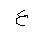
Letter: _ayn